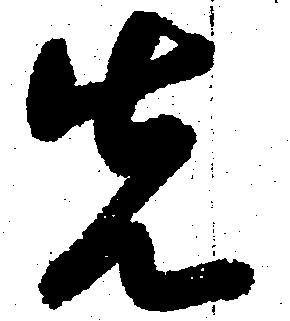
先